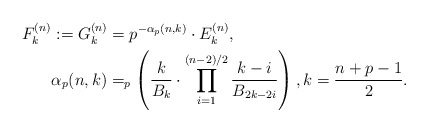
\begin{align*}F_k^{(n)}&:=G_k^{(n)}=p^{-\alpha_p(n,k)}\cdot E_k^{(n)},\\ & \alpha_p(n,k)=_p\left(\frac{k}{B_{k}}\cdot\prod_{i=1}^{(n-2)/2}\frac{k-i}{B_{2k-2i}}\right),k=\frac{n+p-1}{2}.\end{align*}